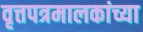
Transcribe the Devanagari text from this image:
वृत्तपत्रमालकांच्या